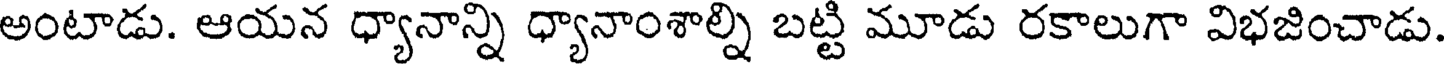
అంటాడు. ఆయన ధ్యానాన్ని ధ్యానాంశాల్ని బట్టి మూడు రకాలుగా విభజించాడు.